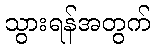
သွားရန်အတွက်